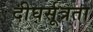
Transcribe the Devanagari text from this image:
दीघर्सूत्रता